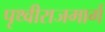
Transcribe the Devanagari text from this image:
पृथ्वीराजमार्ग